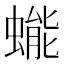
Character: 𰳔